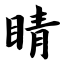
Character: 睛